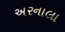
અરનાલા